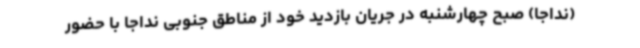
(نداجا) صبح چهارشنبه در جریان بازدید خود از مناطق جنوبی نداجا با حضور